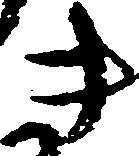
き